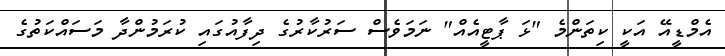
އެމްޑީއޭ އަކީ ކިތަންމެ "ޅަ ޕާޓީއެއް" ނަމަވެސް ސަރުކާރުގެ ދިފާއުގައި ކުރަމުންދާ މަސައްކަތުގެ